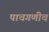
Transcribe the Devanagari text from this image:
पाचगणीचं